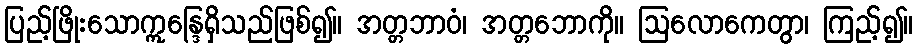
ပြည့်ဖြိုးသောဣန္ဒြေရှိသည်ဖြစ်၍။ အတ္တဘာဝံ၊ အတ္တဘောကို။ ဩလောကေတွာ၊ ကြည့်၍။